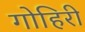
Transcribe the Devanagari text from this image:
गोहिरी